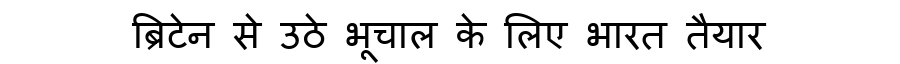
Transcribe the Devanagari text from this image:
ब्रिटेन से उठे भूचाल के लिए भारत तैयार